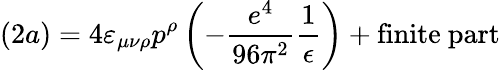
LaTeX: (2a)=4\varepsilon_{\mu\nu\rho}p^{\rho}\left(-\frac{e^{4}}{96\pi^{2}}\frac{1}{\epsilon}\right)+\mathrm{finite~part}